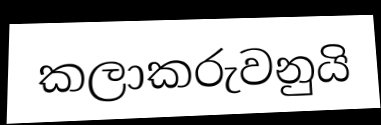
කලාකරුවනුයි